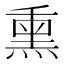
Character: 熏